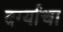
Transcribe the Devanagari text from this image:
दर्ग्याचा